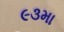
૯૩મા